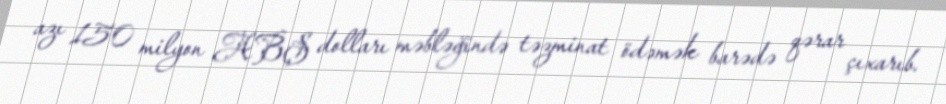
azı 150 milyon ABŞ dolları məbləğində təzminat ödəmək barədə qərar çıxarıb.